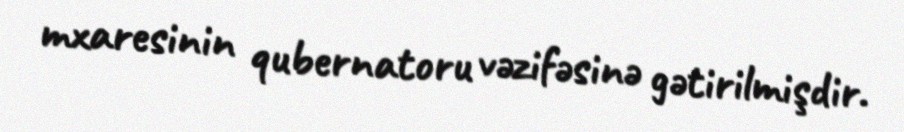
mxaresinin qubernatoru vəzifəsinə gətirilmişdir.